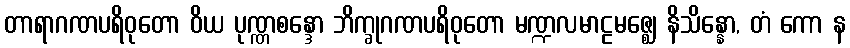
တာရာဂဏပရိဝုတော ဝိယ ပုဏ္ဏစန္ဒော ဘိက္ခုဂဏပရိဝုတော မဏ္ဍလမာဠမဇ္ဈေ နိသိန္နော, တံ ကော န